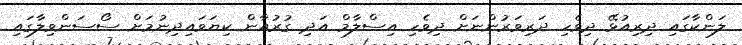
ލަންކާގައި ދިރިއުޅޭ ދިވެހި ދަރިވަރުންނަށް ދިވެހި އިސްލާމް އަދި ގުރުއާން ކިޔަވައިދިނުމަށް ސޯސަންވިލާގައި